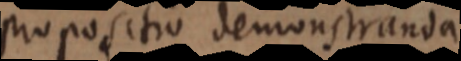
propositio demonstranda